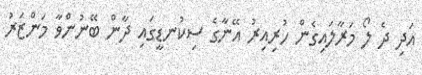
އަދި ދެ ލޯ މަރާލައިގެން ހުރިއިރު އޭނާގެ ސިކުނޑީގައި ދާން ބޭނުންވާ މަންޒަރު